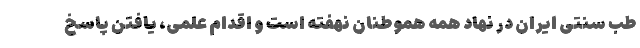
طب سنتی ایران در نهاد همه هموطنان نهفته است و اقدام علمی، یافتن پاسخ